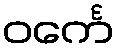
ဝင်္ကေ